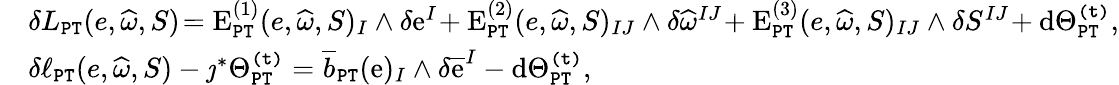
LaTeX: \begin{array}{rl}&{\delta L_{\mathtt{PT}}(e,\widehat{\omega},S)\! =\mathrm{E}_{\mathtt{PT}}^{(1)}(e,\widehat{\omega},S)_{I}\wedge\delta\mathrm{e}^{I}\! +\mathrm{E}_{\mathtt{PT}}^{(2)}(e,\widehat{\omega},S)_{IJ}\wedge\delta\widehat{\omega}^{IJ}\! +\mathrm{E}_{\mathtt{PT}}^{(3)}(e,\widehat{\omega},S)_{IJ}\wedge\delta S^{IJ}\! +\mathrm{d}\Theta_{\mathtt{PT}}^{\mathtt{(t)}},}\\ &{\delta\ell_{\mathtt{PT}}(e,\widehat{\omega},S)-\jmath^{*}\Theta_{\mathtt{PT}}^{\mathtt{(t)}}=\overline{{b}}_{\mathtt{PT}}(\mathrm{e})_{I}\wedge\delta\overline{{\mathrm{e}}}^{I}-\mathrm{d}\Theta_{\mathtt{PT}}^{\mathtt{(t)}},}\end{array}